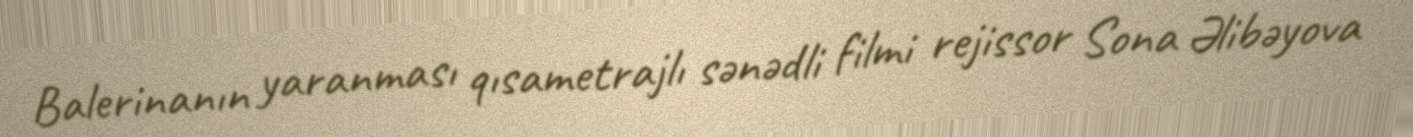
Balerinanın yaranması qısametrajlı sənədli filmi rejissor Sona Əlibəyova